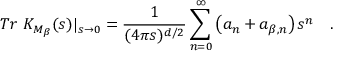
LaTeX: T r ~ K _ { M _ { \beta } } ( s ) | _ { s \rightarrow 0 } = { \frac { 1 } { ( 4 \pi s ) ^ { d / 2 } } } \sum _ { n = 0 } ^ { \infty } \left( a _ { n } + a _ { \beta , n } \right) s ^ { n } ~ ~ ~ .